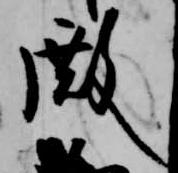
殿